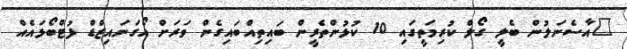
"އާސެނަލުން ބެލީ ގޯލް ކުރިމަތީގައި 10 ކުޅުންތެރީން ބައިތިއްބައިގެން ވަރަށް އޯގަނައިޒްޑް ފުޓްބޯޅައެއް